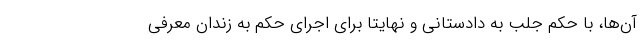
آن‌ها، با حکم جلب به دادستانی و نهایتاً برای اجرای حکم به زندان معرفی